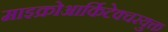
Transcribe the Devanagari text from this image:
माइक्रोआर्किटेक्चरयुक्त